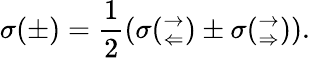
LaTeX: \sigma(\pm)=\frac{1}{2}\left(\sigma(_{\Leftarrow}^{\rightarrow})\pm\sigma(_{\Rightarrow}^{\rightarrow})\right).